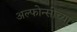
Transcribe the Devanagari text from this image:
अल्फोन्सोच्या